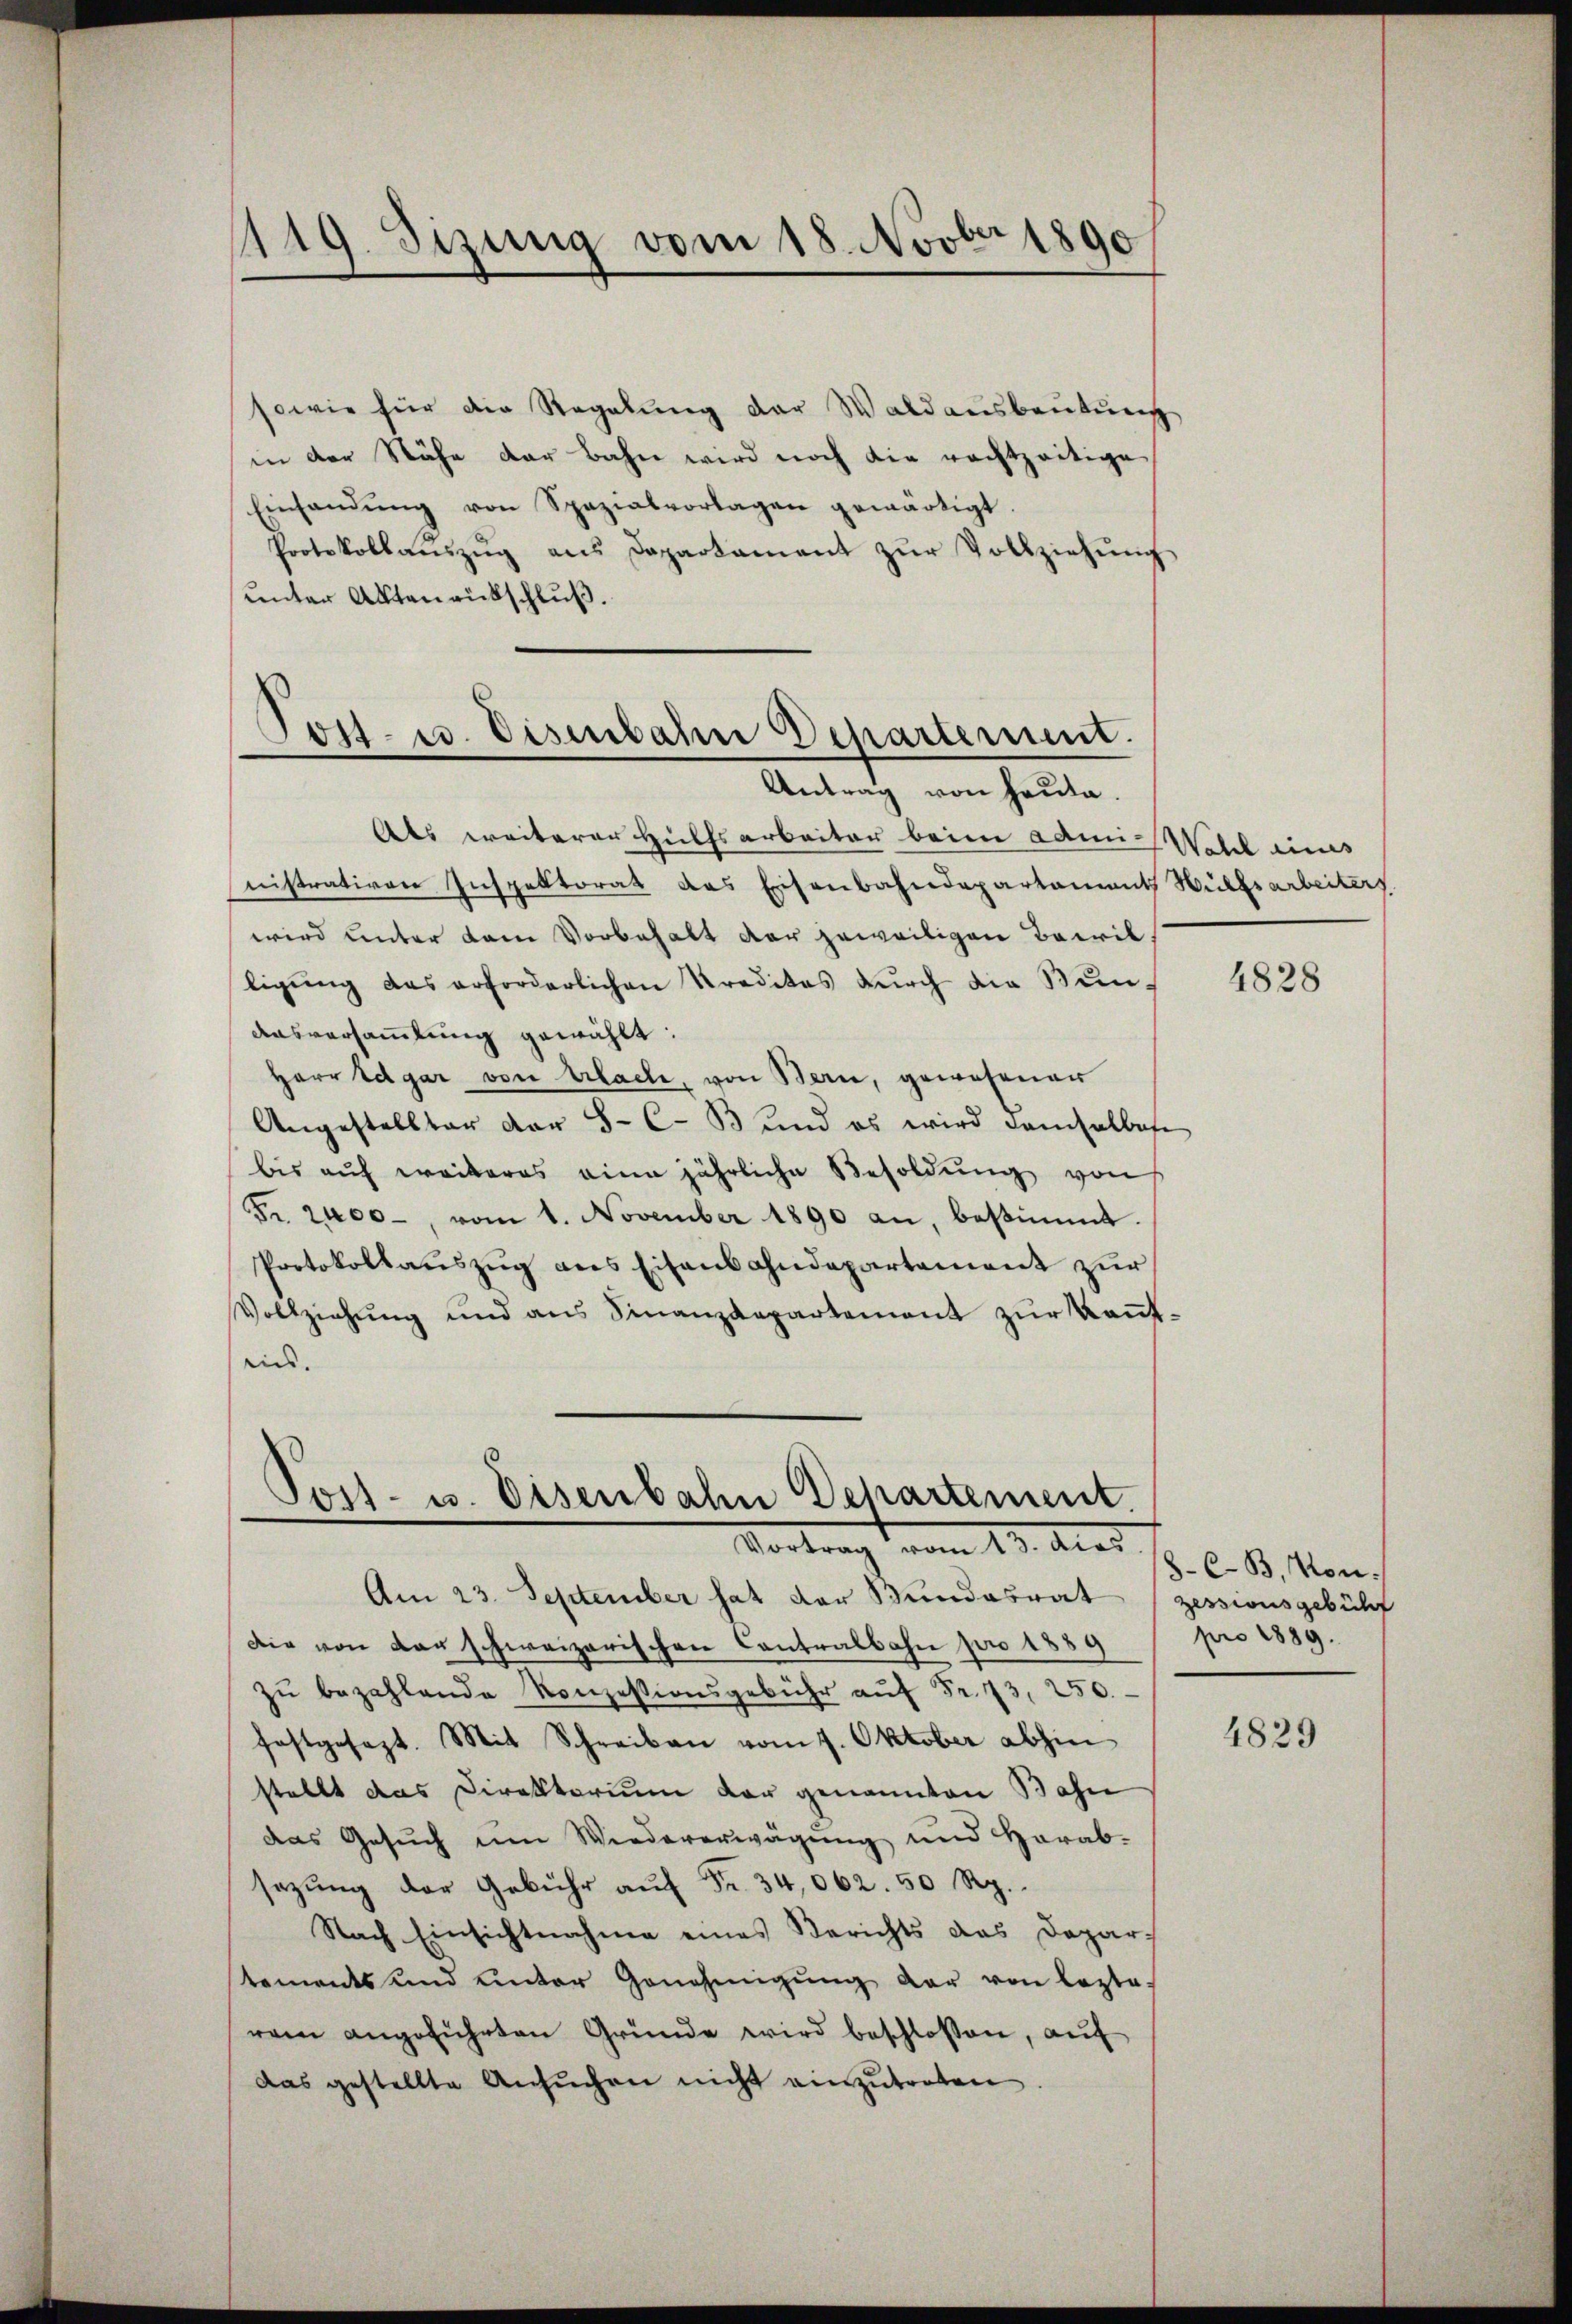
119. Sizung vom 18. Novber 1890

sowie für die Regelung der Waldausbeutung
in der Nähe der Bahn wird noch die rechtzeitige
Einsandŭng von Spazialvorlagen gewärtigt.
Protokollaŭszŭg ans Departament zŭr Vollziehŭng
unter Aktenrückschluß.

Als weiterer Hülfsarbeiter beim Admi-Wahl eines
nistrativen Inspektorat des Eisenbahndepartament Hülfsarbeiters
wird unter dem Vorbehalt der jeweiligen Bewilligung das erforderlichen Kreditas durch die Bun¬
Ausversammlung gewählt:
Herr Edgar von Erlache, von Bern, gewesener
Angestellter dar 8-C-B und es wird demselbefe
bis auf weiteres eine jährliche Besoldung von
Fr. 2400, vom 1. November 1890 an, bestimmt.
Protokollauszug aus Eisenbahndepartement zur
Vollziehŭng und ans Finanzdepartement zŭr Keṅt-
ein.

Post- u. Eisenbann Departement.
Antrag von heute.

Jost- u. Eisenbahn Departement.
Vortrag vom 13. dies

Am 23. September hat der Bundesrat (zessionsgebühr
Die von der schweizerischen Contralbahn pro 1889
zŭ bezahlende Konzessionsgebühr aŭf Fr. 73, 250.
festgesezt. Mit Schreiben vom 7. Oktober abhin
stellt das Direktorium der genannten Bahn
das Gesuch um Wiedererwägung und Herab-
sazung der Gebühr aŭf Fr. 34,062. 50 Rp.
Nach Einsichtnahme eines Berichts das Depar
tements und unter Genehmigŭng der von lezte
rem angeführten Gründe wird beschlossen, auf
das gestellte Ansŭchen nicht einzutreten

4828

C-B., von.
pro 1889.

4829